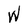
Character: W